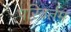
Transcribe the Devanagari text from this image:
परिवर्तम